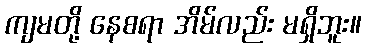
ကျမတို့ နေစရာ အိမ်လည်း မရှိဘူး။